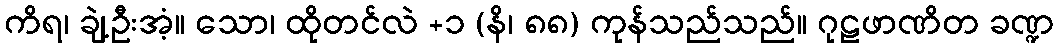
ကိရ၊ ချဲ့ဦးအံ့။ သော၊ ထိုတင်လဲ +၁ (နိ၊ ၈၈) ကုန်သည်သည်။ ဂုဠဖာဏိတ ခဏ္ဍ